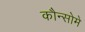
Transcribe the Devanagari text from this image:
कौन्सोमे